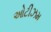
ઓટીઝમ